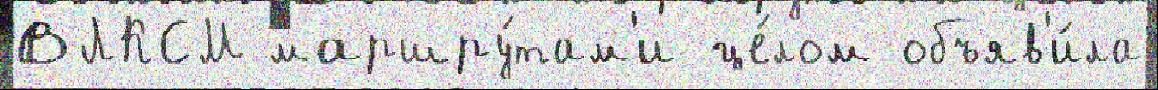
ВЛКСМ маршру́там'и це́лом объяв'и́ла